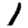
Digit: 1